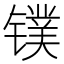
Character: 镤